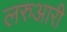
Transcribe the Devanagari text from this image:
लरुआरी